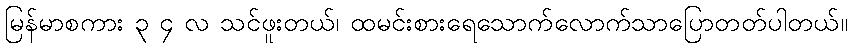
မြန်မာစကား ၃ ၄ လ သင်ဖူးတယ်၊ ထမင်းစားရေသောက်လောက်သာပြောတတ်ပါတယ်။